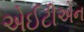
એઈટીએન